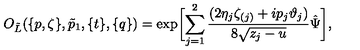
O _ { \tilde { L } } ( \{ p , \zeta \} , \tilde { p } _ { 1 } , \{ t \} , \{ q \} ) = \exp \biggl [ \sum _ { j = 1 } ^ { 2 } \frac { ( 2 \eta _ { j } \zeta _ { ( j ) } + i p _ { j } \vartheta _ { j } ) } { 8 \sqrt { z _ { j } - u } } \hat { \Psi } \biggl ] ,